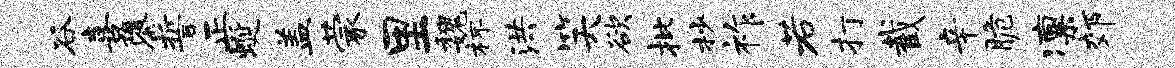
谷喜隳誓正蜒盖蒙里魏杯洪笑欲批杪祚若打截辛脆凛郊